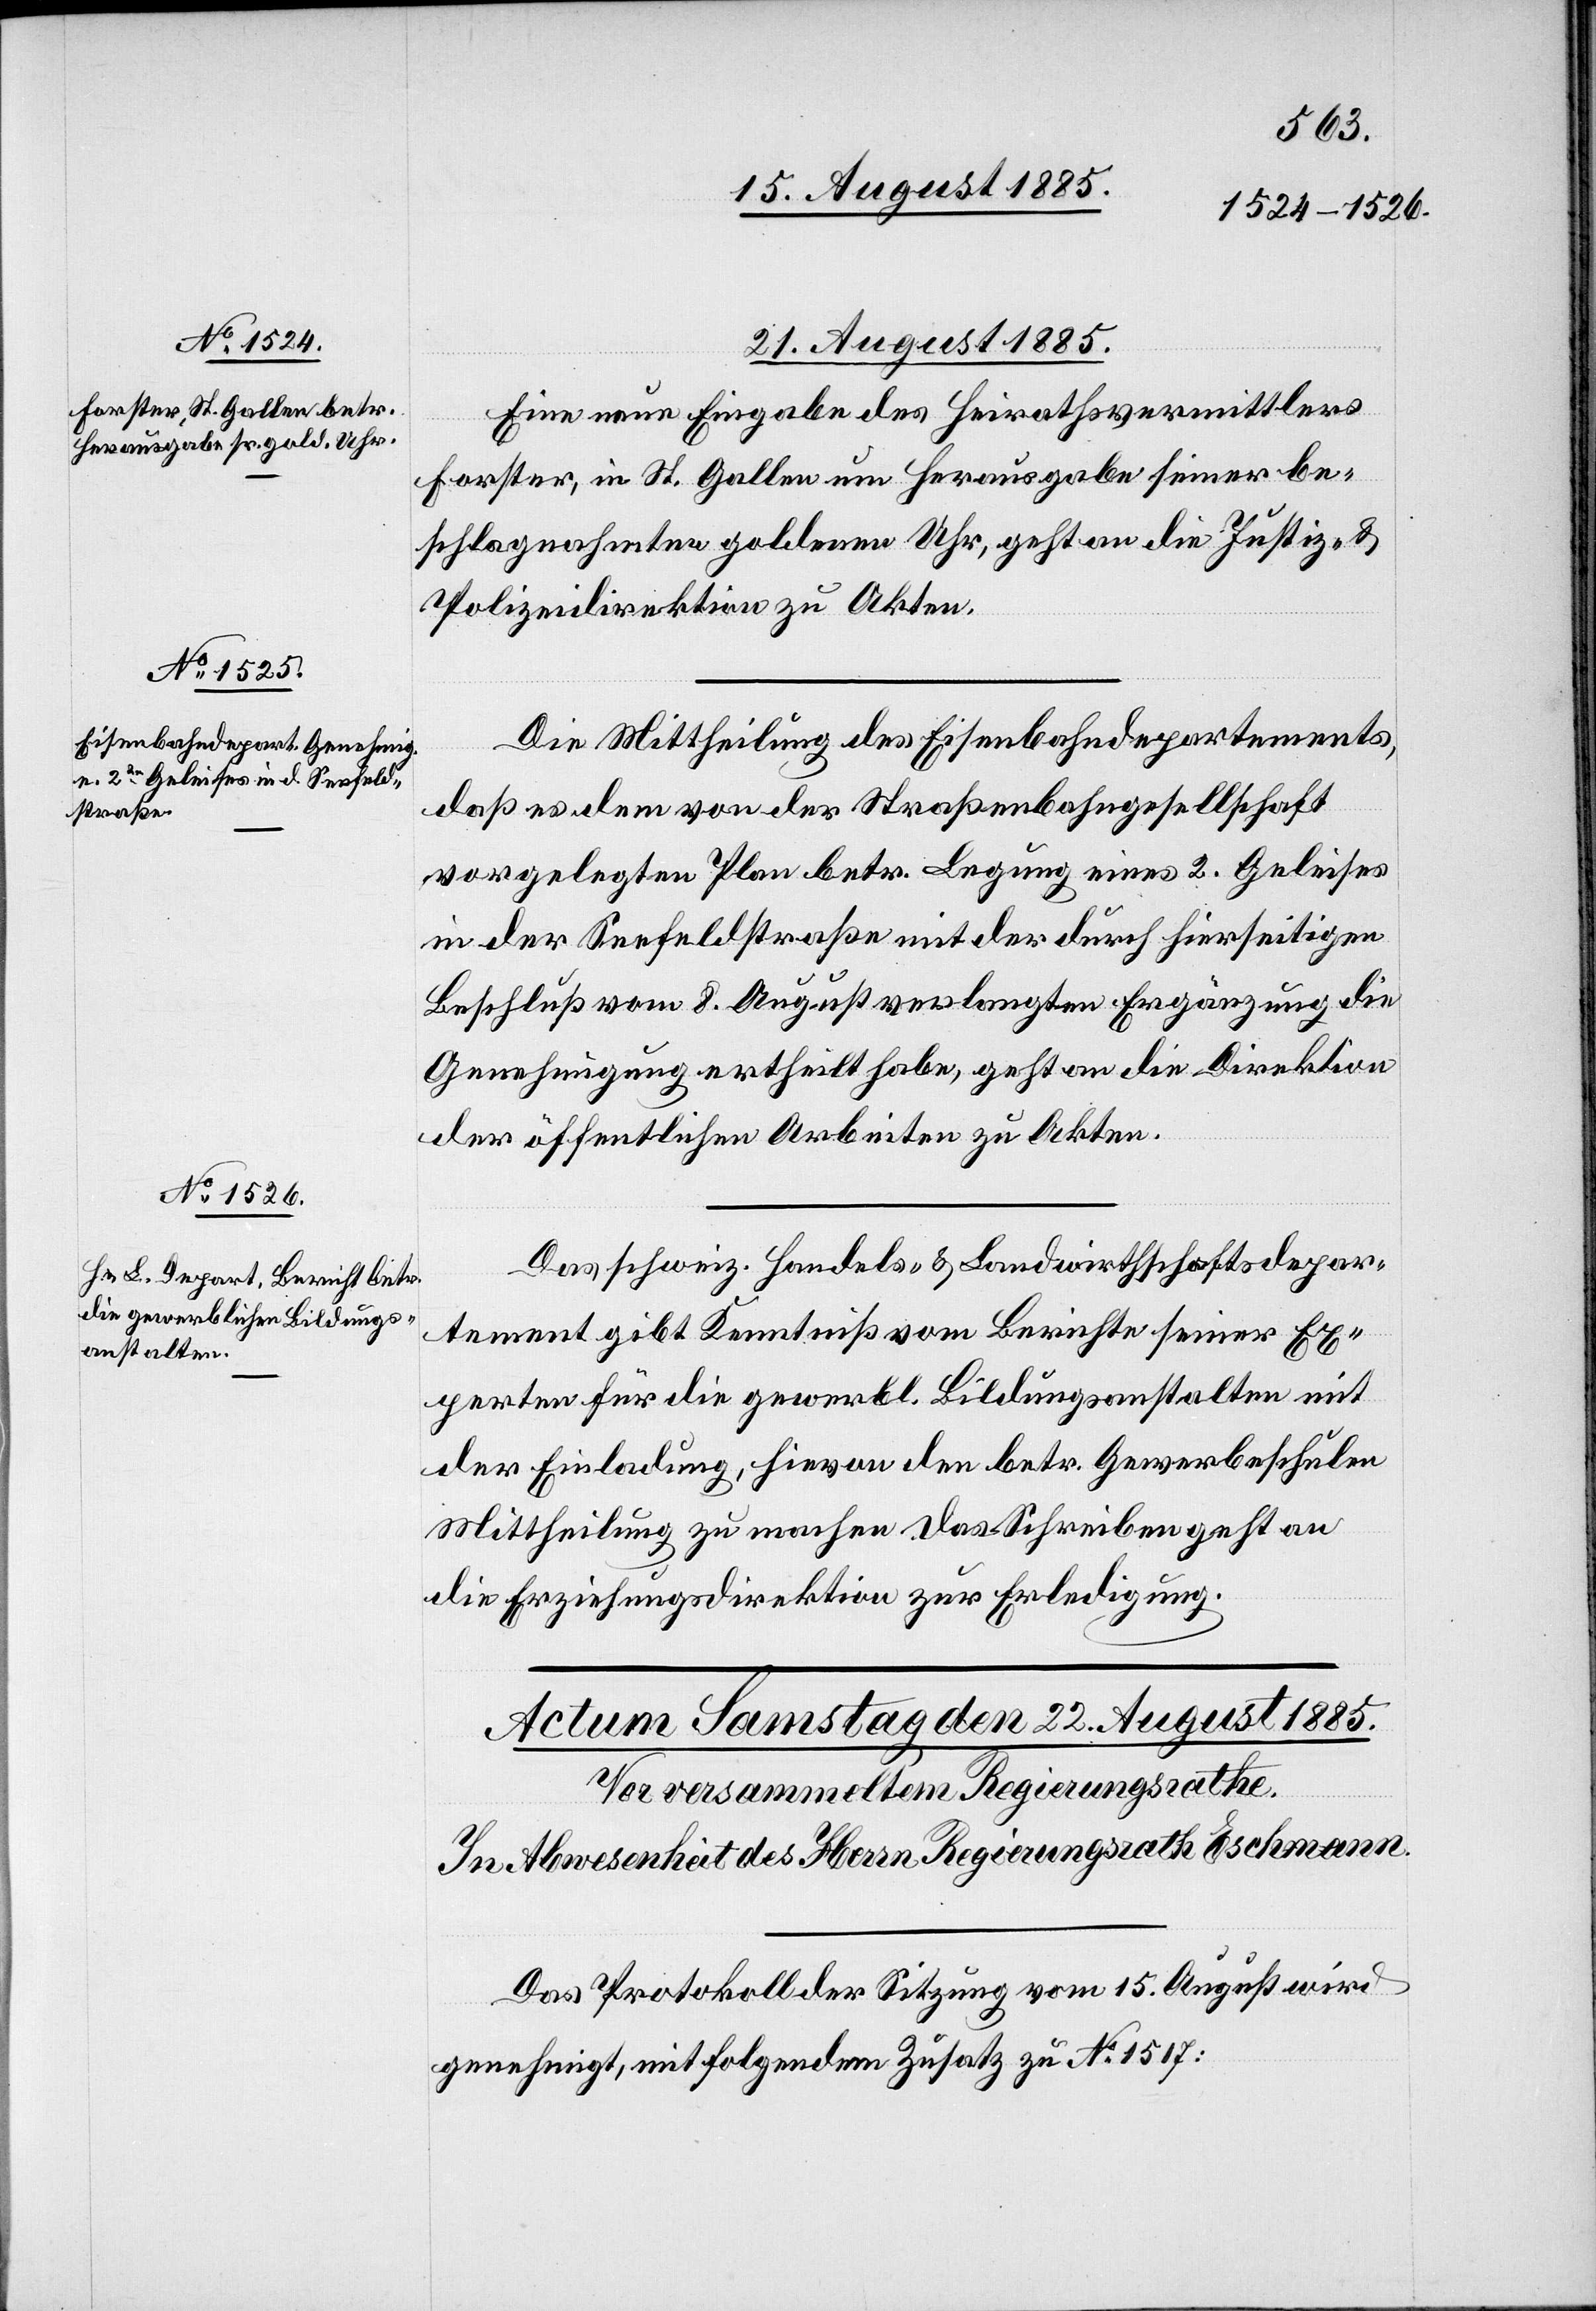
21. August 1885.]
Eine neue Eingabe des Heirathsvermittlers
Forster, in St. Gallen um Herausgabe seiner be¬
schlagnahmten goldenen Uhr, geht an die Justiz- &
Polizeidirektion zu Akten.
Die Mittheilung des Eisenbahndepartements,
daß es dem von der Straßenbahngesellschaft
vorgelegten Plan betr. Legung eines 2. Geleises
in der Seefeldstraße mit der durch hierseitigen
Beschluß vom 8. August verlangten Ergänzung die
Genehmigung ertheilt habe, geht an die Direktion
der öffentlichen Arbeiten zu Akten.
Das schweiz. Handels- & Landwirthschaftsdepar¬
tement gibt Kenntniß vom Berichte seiner Ex¬
perten für die gewerbl. Bildungsanstalten mit
der Einladung, hievon den betr. Gewerbeschulen
Mittheilung zu machen. Das Schreiben geht an
die Erziehungsdirektion zur Erledigung.